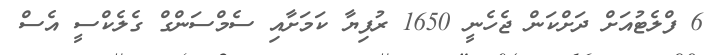
6 ފްލެޓުއަށް ދަށްކަން ޖެހެނީ 1650 ރުފިޔާ ކަމަށާއި ސެމްސަންގް ގެލެކްސީ އެސް